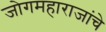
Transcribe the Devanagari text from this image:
जोगमहाराजांचे